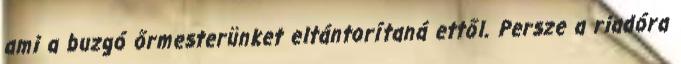
ami a buzgó őrmesterünket eltántorítaná ettől. Persze a riadóra